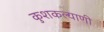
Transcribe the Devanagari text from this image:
कुशकल्याणी